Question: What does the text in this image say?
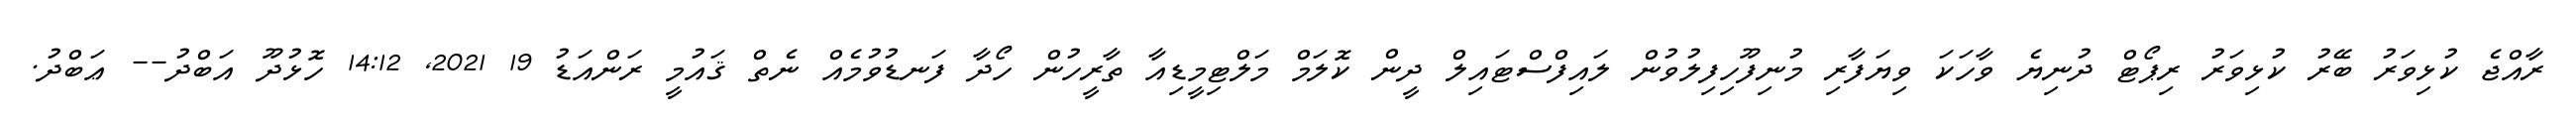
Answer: ރާއްޖެ ކުޅިވަރު ބޭރު ކުޅިވަރު ރިޕޯޓް ދުނިޔެ ވާހަކަ ވިޔަފާރި މުނިފޫހިފިލުވުން ލައިފްސްޓައިލް ދީން ކޮލަމް މަލްޓިމީޑިއާ ތާރީހުން ހޯދާ ފަނޑުވުމެއް ނެތް ޤައުމީ ރަންއަޑު 19 2021, 14:12 ހޮޅުދޫ އަބްދު-- ޢަބްދު.